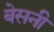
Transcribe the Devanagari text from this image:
बेसनी